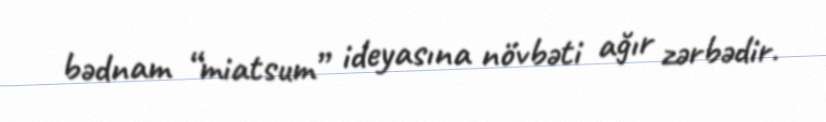
bədnam “miatsum” ideyasına növbəti ağır zərbədir.